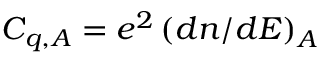
C _ { q , A } = e ^ { 2 } \left( d n / d E \right) _ { A }